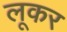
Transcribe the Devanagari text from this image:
लूकर